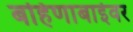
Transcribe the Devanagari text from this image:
बहिणाबाईवर